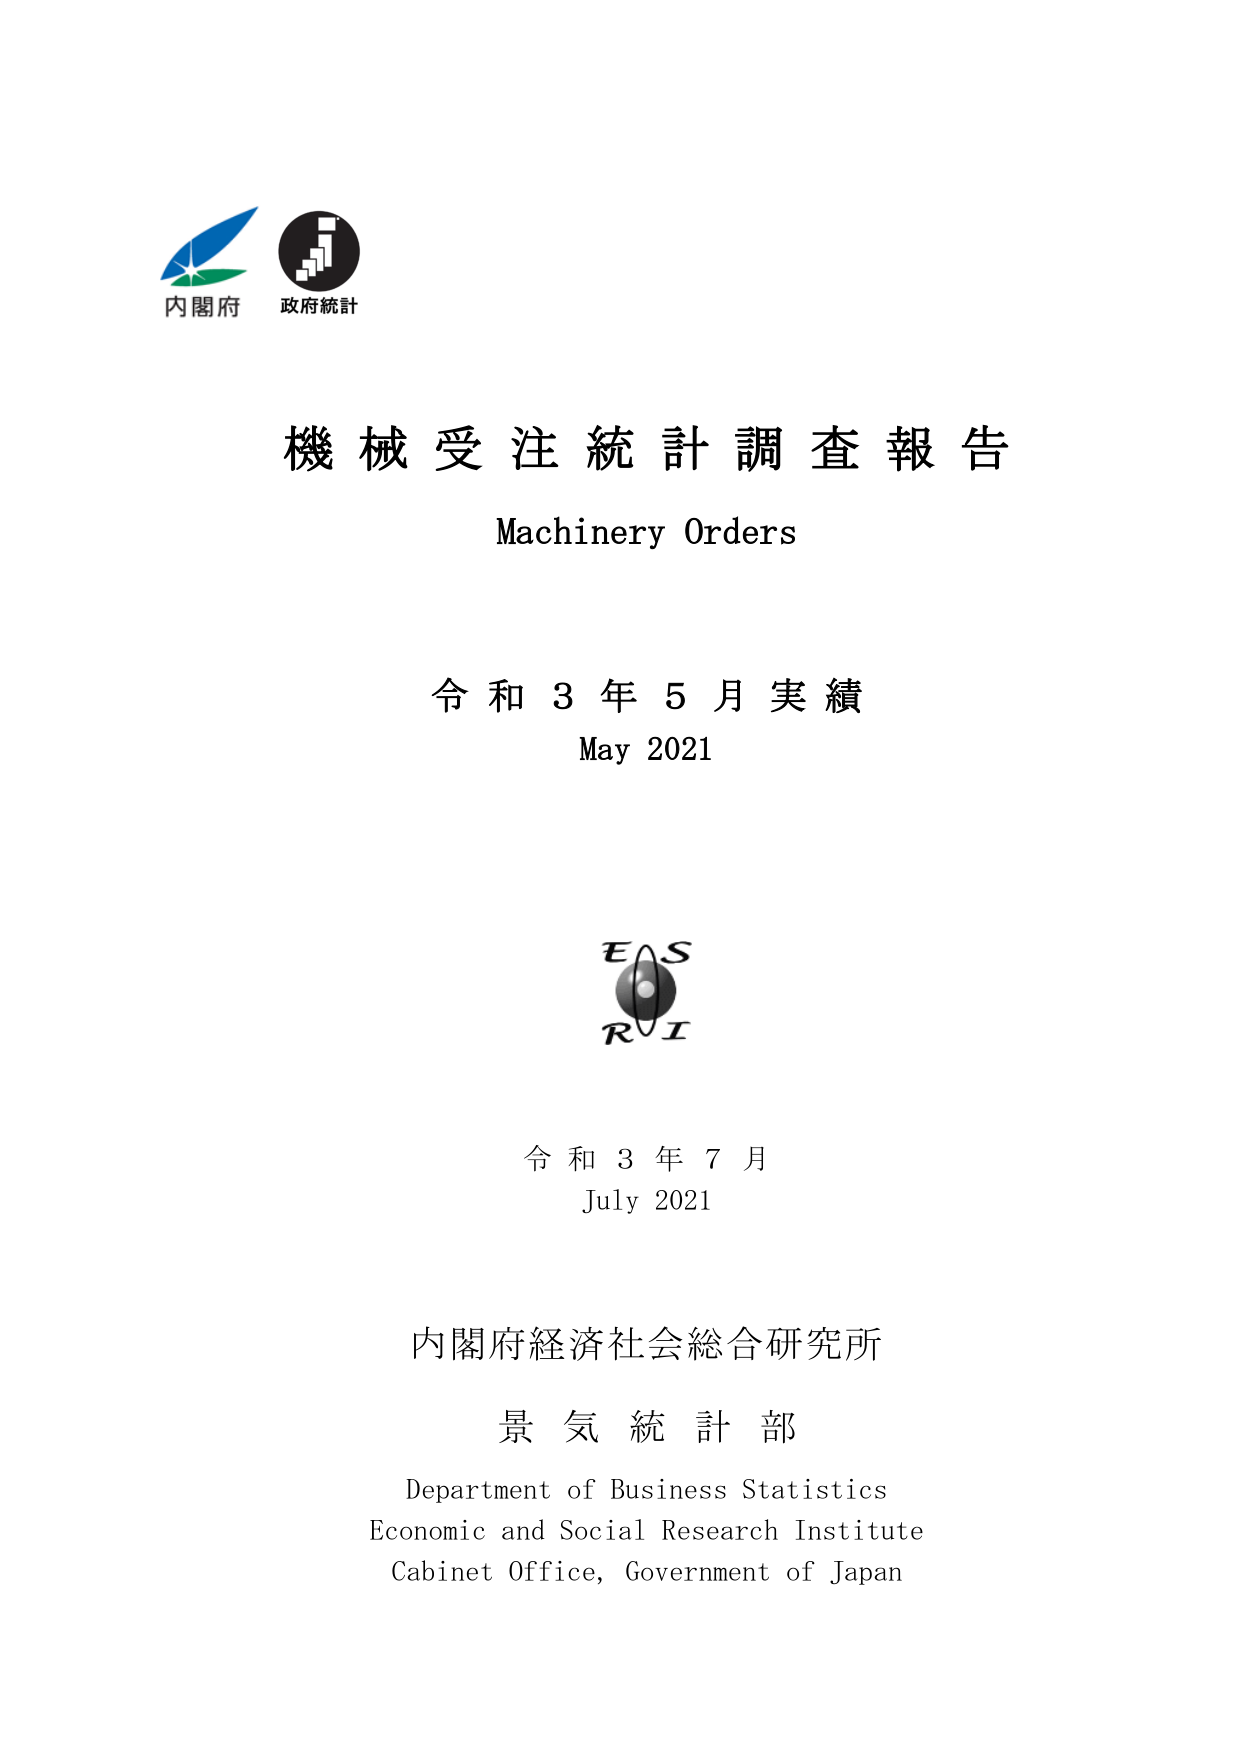
内閣府
政府統計

機械受注統計調査報告
Machinery Orders

令和3年5月実績
May 2021

EAS
RI

令和3年7月
July 2021

内閣府経済社会総合研究所
景気統計部
Department of Business Statistics
Economic and Social Research Institute
Cabinet Office, Government of Japan